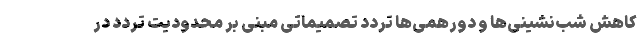
کاهش شب‌نشینی‌ها و دورهمی‌ها تردد تصمیماتی مبنی بر محدودیت تردد در